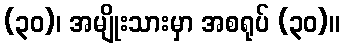
(၃၀)၊ အမျိုးသားမှာ အစရုပ် (၃၀)။